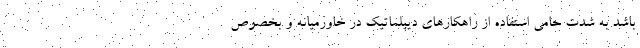
باشد به شدت حامی استفاده از راهکارهای دیپلماتیک در خاورمیانه و بخصوص